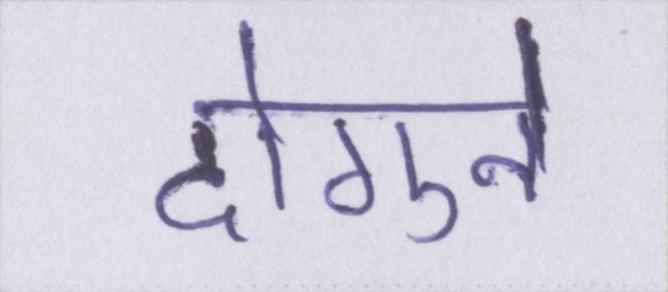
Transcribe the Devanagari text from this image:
दोगुने